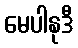
မေပါနုဒီ